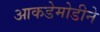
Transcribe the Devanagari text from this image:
आकडेमोडीने